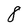
Character: 8